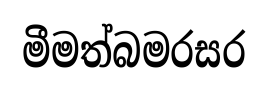
මීමත්බමරසර